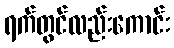
ရက်တွင်လည်းကောင်း